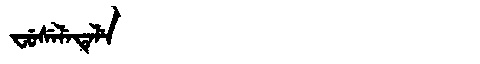
Manchu: ᠸᡠᠰᡝᠯᡝᡨᡝᠯᡝ
Romanization: FUSELETELE